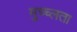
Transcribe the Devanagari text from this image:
मुच्च्लता